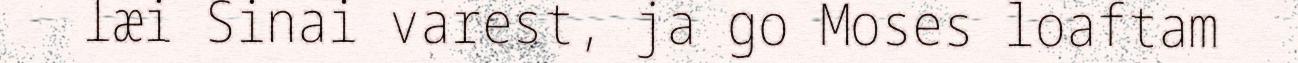
læi Sinai varest, ja go Moses loaftam